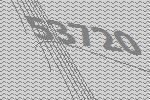
53720